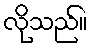
လိုသည်။